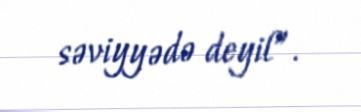
səviyyədə deyil”.